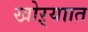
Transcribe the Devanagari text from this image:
खोऱ्याात